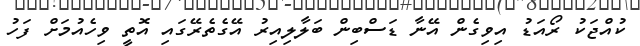
ކުއްޖަކު ރޯއަޑު އިވިގެން އޭނާ ޑަސްބިން ބަލާލިއިރު އޭގެތެރޭގައި އޮތީ ވިހެއުމަށް ފަހު